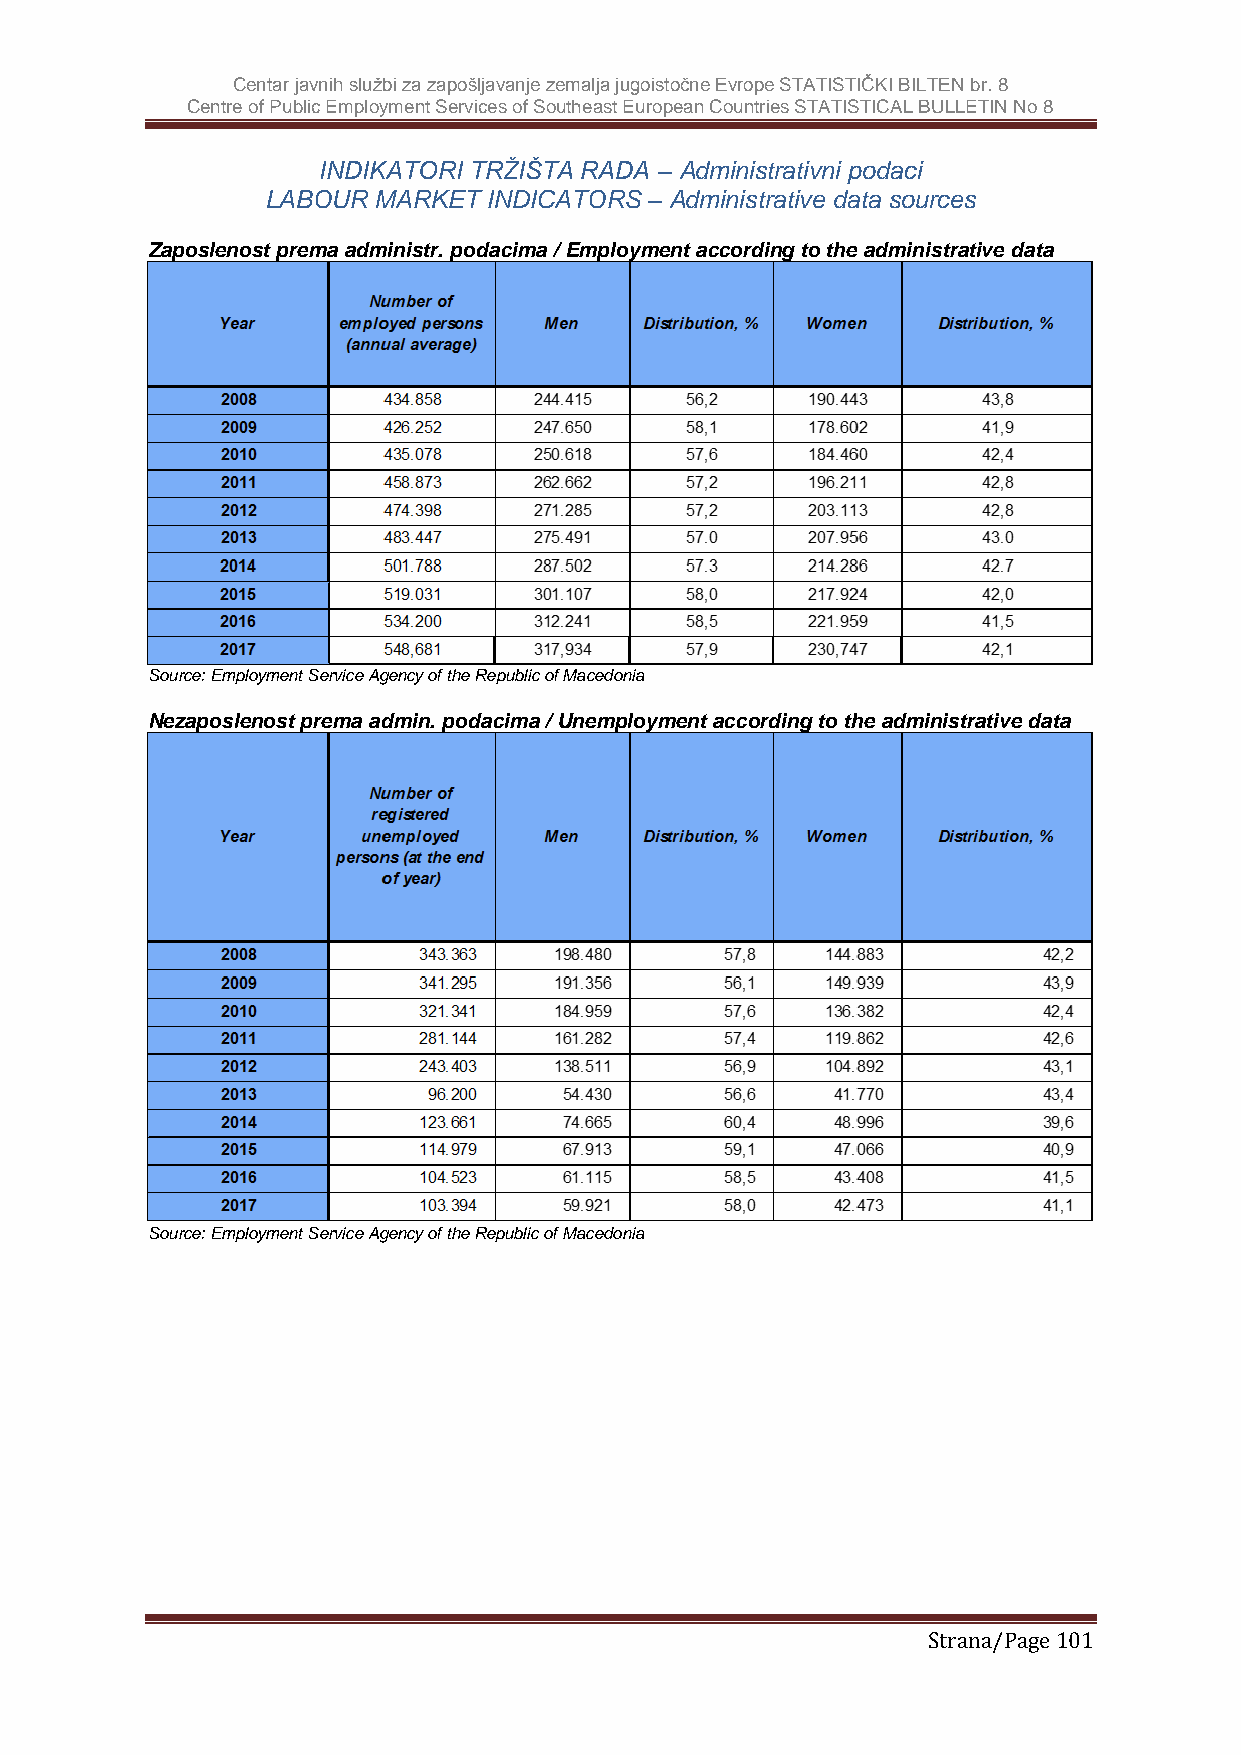
Centar javnih službi za zapošljavanje zemalja jugoistočne Evrope STATISTIČKI BILTEN br. 8
 Centre of Public Employment Services of Southeast European Countries STATISTICAL BULLETIN No 8
 INDIKATORI TRŽIŠTA RADA – Administrativni podaci
 LABOUR MARKET INDICATORS – Administrative data sources
 Zaposlenost prema administr. podacima / Employment according to the administrative data
 Source: Employment Service Agency of the Republic of Macedonia
 Nezaposlenost prema admin. podacima / Unemployment according to the administrative data
 Source: Employment Service Agency of the Republic of Macedonia
 Strana/Page 101